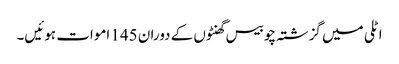
اٹلی میں گزشتہ چوبیس گھنٹوں کے دوران 145 اموات ہوئیں۔